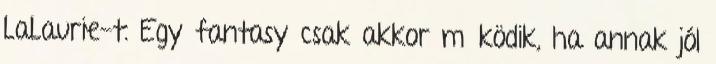
LaLaurie-t. Egy fantasy csak akkor működik, ha annak jól